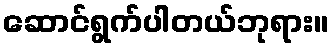
ဆောင်ရွက်ပါတယ်ဘုရား။